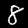
Label: 8